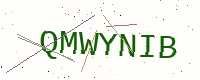
Text: QMWYNIB